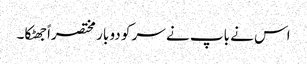
اس نے باپ نے سر کو دو بار مختصراً جھٹکا۔